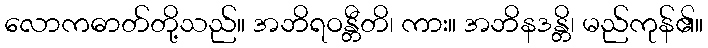
လောကဓာတ်တို့သည်။ အဘိရဝန္တီတိ၊ ကား။ အဘိနဒန္တိ၊ မည်ကုန်၏။